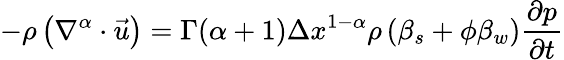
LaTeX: -\rho\left(\nabla^{\alpha}\cdot{\vec{u}}\right)=\Gamma(\alpha+1)\Delta x^{1-\alpha}\rho\left(\beta_{s}+\phi\beta_{w}\right){\frac{\partial p}{\partial t}}